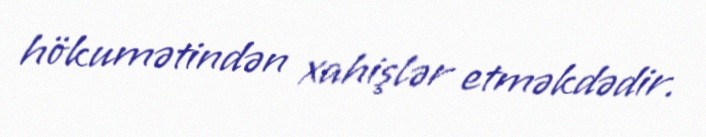
hökumətindən xahişlər etməkdədir.